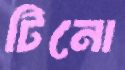
টিনো